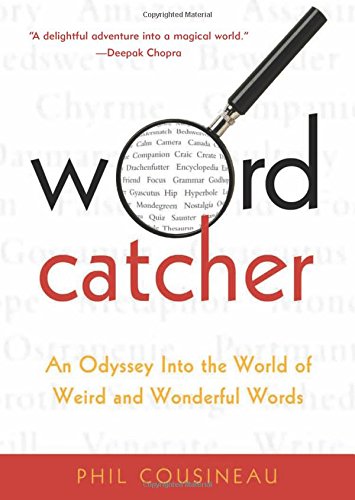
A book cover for Wordcatcher: An Odyssey into the World of Weird and Wonderful Words; Phil Cousineau; Reference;